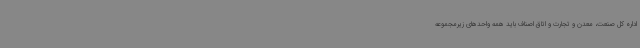
اداره کل صنعت، معدن و تجارت و اتاق اصناف باید همه واحدهای زیرمجموعه